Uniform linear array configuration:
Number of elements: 12
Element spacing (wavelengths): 0.75
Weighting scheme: kaiser
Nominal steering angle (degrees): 30
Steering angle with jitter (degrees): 28.912
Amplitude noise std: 0.05
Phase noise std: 0.05

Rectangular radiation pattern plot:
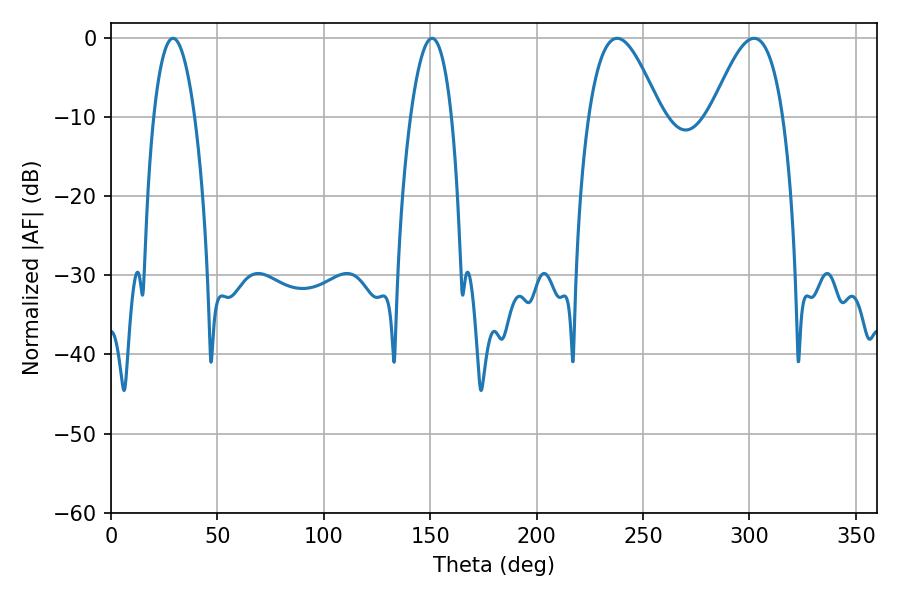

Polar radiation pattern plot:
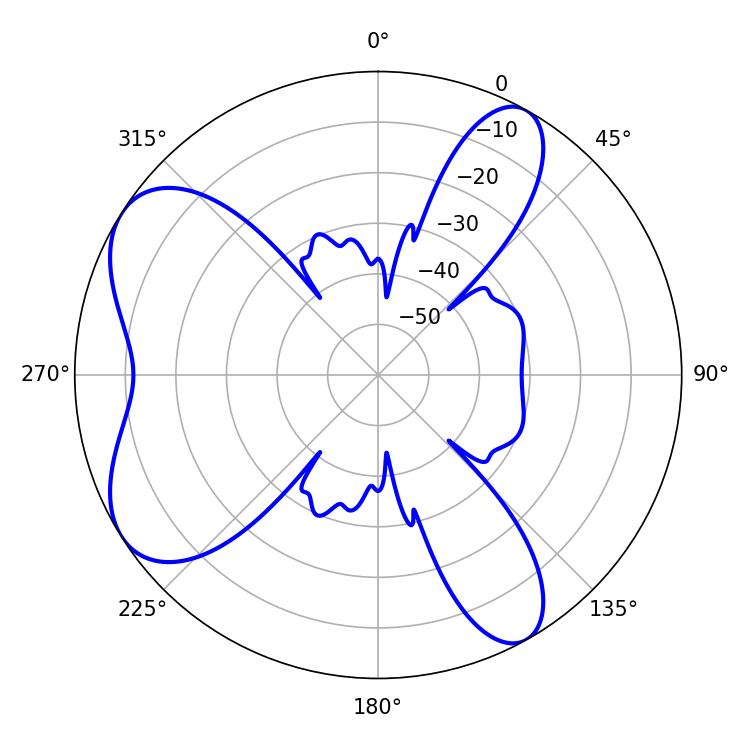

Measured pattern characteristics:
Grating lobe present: TRUE
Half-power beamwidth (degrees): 10.8
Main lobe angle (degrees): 29.16